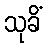
သုခိံ